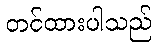
တင်ထားပါသည်